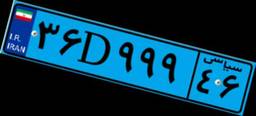
۳۹D۱۳۲۶۸